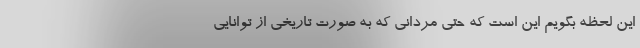
این لحظه بگویم این است که حتی مردانی که به صورت تاریخی از توانایی